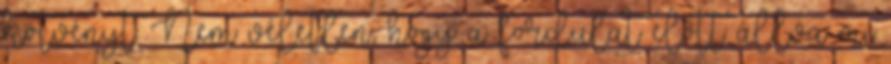
kötvényt. Nem véletlen, hogy a fordulat előtt állva mi